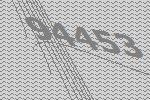
94453